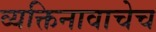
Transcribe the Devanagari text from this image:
व्यक्तिनावाचेच